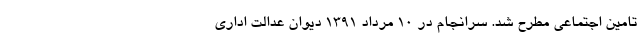
تامین اجتماعی مطرح شد. سرانجام در ۱۰ مرداد ۱۳۹۱ دیوان عدالت اداری